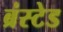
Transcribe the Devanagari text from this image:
ब्रंस्टेड